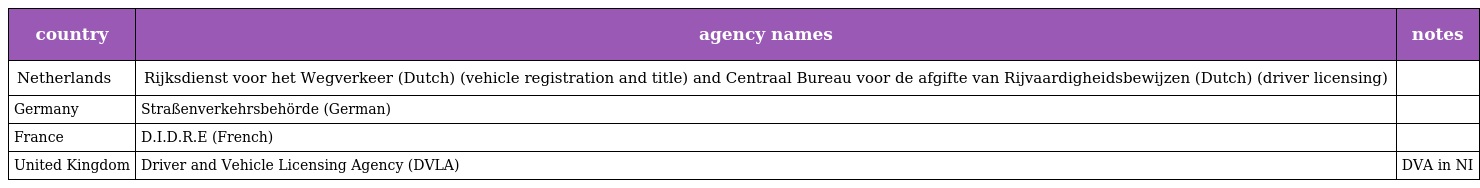
| country | agency names | notes |
 | --- | --- | --- |
 | Netherlands | Rijksdienst voor het Wegverkeer (Dutch) (vehicle registration and title) and Centraal Bureau voor de afgifte van Rijvaardigheidsbewijzen (Dutch) (driver licensing) |  |
 | Germany | Straßenverkehrsbehörde (German) |  |
 | France | D.I.D.R.E (French) |  |
 | United Kingdom | Driver and Vehicle Licensing Agency (DVLA) | DVA in NI |